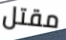
مقتل